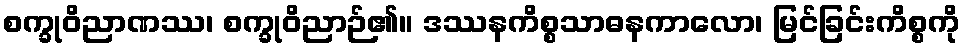
စက္ခုဝိညာဏဿ၊ စက္ခုဝိညာဉ်၏။ ဒဿနကိစ္စသာဓနကာလော၊ မြင်ခြင်းကိစ္စကို